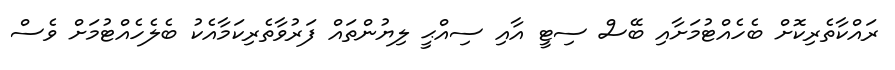
ރައްކާތެރިކޮށް ބެހެއްޓުމަށާއި ބޭސް ސިޓީ އާއި ސިއްޙީ ލިޔުންތައް ފަރުވާތެރިކަމާއެކު ބެލެހެއްޓުމަށް ވެސް